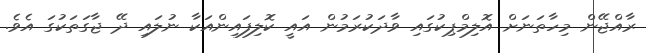
ރާއްޖޭން މިހާތަނަށް އޮލިމްޕިކުގައި ވާދަކުރަމުން އައީ ކޮލިފައިންއަކާ ނުލައި ދޭ ޖާގަތަކުގަ އެވެ.